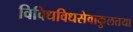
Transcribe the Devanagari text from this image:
विविधविधसेवाकुलतया